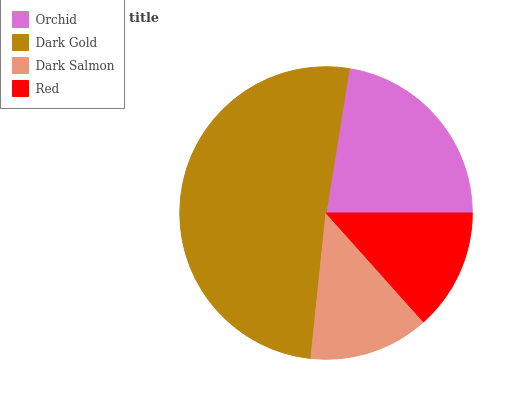
| Orchid | Dark Gold | Dark Salmon | Red |
 | --- | --- | --- | --- |
 | 22.4% | 50.9% | 13.3% | 13.4% |